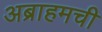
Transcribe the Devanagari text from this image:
अब्राहमची